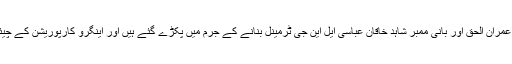
مثلاً پاکستان سٹیٹ آئل کے سابق ایم ڈی شیخ عمران الحق اور بانی ممبر شاہد خاقان عباسی ایل این جی ٹرمینل بنانے کے جرم میں پکڑے گئے ہیں اور اینگرو کارپوریشن کے چیئرمین حسین داؤد کو بھی طلب کر لیا گیا ہے۔